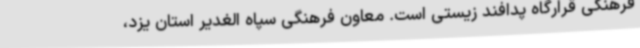
فرهنگی قرارگاه پدافند زیستی است. معاون فرهنگی سپاه الغدیر استان یزد،